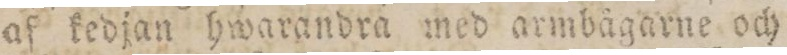
af kedjan hwarandra med armbågarne och